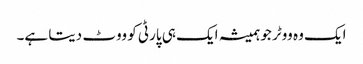
ایک وہ ووٹر جو ہمیشہ ایک ہی پارٹی کو ووٹ دیتا ہے۔